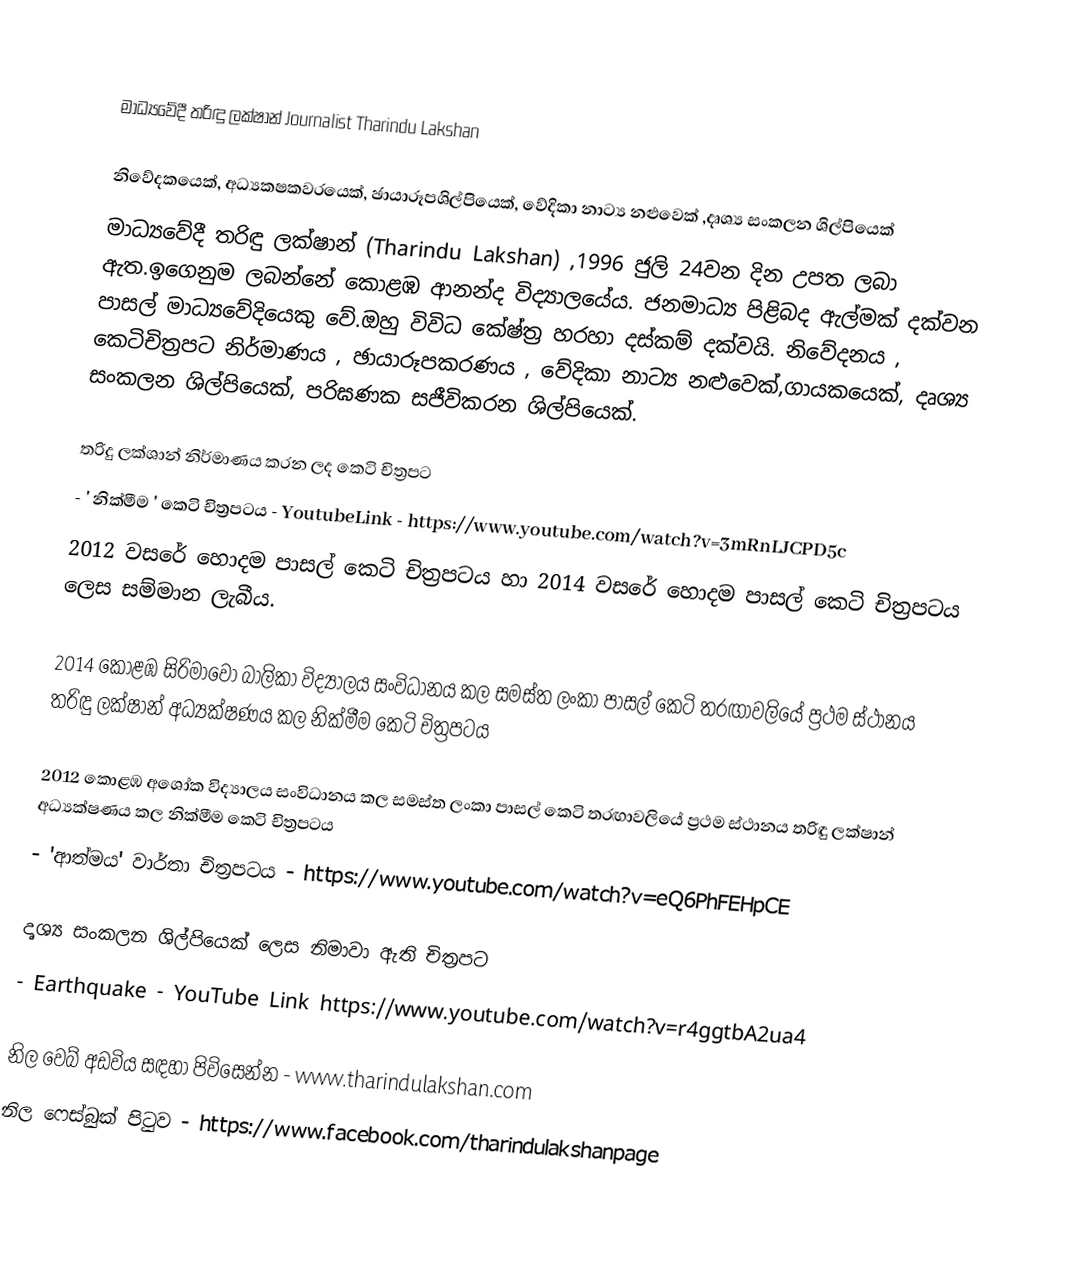

මාධ්‍යවේදී තරිඳු ලක්ෂාන් Journalist Tharindu Lakshan

නිවේදකයෙක්, අධ්‍යකෂකවරයෙක්, ඡායාරූපශිල්පියෙක්, වේදිකා නාට්‍ය නළුවෙක් ,දෘශ්‍ය සංකලන ශිල්පියෙක්
මාධ්‍යවේදී තරිඳු ලක්ෂාන් (Tharindu Lakshan) ,1996 ජුලි 24වන දින උපත ලබා ඇත.ඉගෙනුම ලබන්නේ කොළඹ ආනන්ද විද්‍යාලයේය. ජනමාධ්‍ය පිළිබද ඇල්මක් දක්වන පාසල් මාධ්‍යවේදියෙකු වේ.ඔහු විවිධ කේෂ්ත්‍ර හරහා දස්කම් දක්වයි. නිවේදනය , කෙටිචිත්‍රපට නිර්මාණය , ඡායාරූපකරණය , වේදිකා නාට්‍ය නළුවෙක්,ගායකයෙක්, දෘශ්‍ය සංකලන ශිල්පියෙක්, පරිඝණක සජීවිකරන ශිල්පියෙක්.

තරිදු ලක්ශාන් නිර්මාණය කරන ලද කෙටි චිත්‍රපට
 - ' නික්මීම ' කෙටි චිත්‍රපටය - YoutubeLink - https://www.youtube.com/watch?v=3mRnLJCPD5c
2012 වසරේ හොදම පාසල් කෙටි චිත්‍රපටය හා 2014 වසරේ හොදම පාසල් කෙටි චිත්‍රපටය ලෙස සම්මාන ලැබීය.

2014 කොළඹ සිරිමාවෝ බාලිකා විද්‍යාලය සංවිධානය කල සමස්ත ලංකා පාසල් කෙටි තරඟාවලියේ ප්‍රථම ස්ථානය තරිඳු ලක්ෂාන් අධ්‍යක්ෂණය කල නික්මීම කෙටි චිත්‍රපටය

2012 කොළඹ අශෝක විද්‍යාලය සංවිධානය කල සමස්ත ලංකා පාසල් කෙටි තරඟාවලියේ ප්‍රථම ස්ථානය තරිඳු ලක්ෂාන් අධ්‍යක්ෂණය කල නික්මීම කෙටි චිත්‍රපටය
 - 'ආත්මය' වාර්තා චිත්‍රපටය  - https://www.youtube.com/watch?v=eQ6PhFEHpCE

දෘශ්‍ය සංකලන ශිල්පියෙක් ලෙස නිමාවා ඇති චිත්‍රපට
 - Earthquake - YouTube Link https://www.youtube.com/watch?v=r4ggtbA2ua4

නිල වෙබ් අඩවිය සඳහා පිවිසෙන්න - www.tharindulakshan.com
නිල ෆෙස්බුක් පිටුව - https://www.facebook.com/tharindulakshanpage